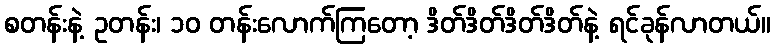
စတန်းနဲ့ ဥတန်း၊ ၁၀ တန်းလောက်ကြတော့ ဒိတ်ဒိတ်ဒိတ်ဒိတ်နဲ့ ရင်ခုန်လာတယ်။